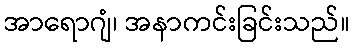
အာရောဂျံ၊ အနာကင်းခြင်းသည်။